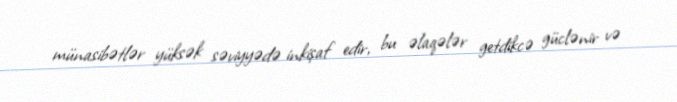
münasibətlər yüksək səviyyədə inkişaf edir, bu əlaqələr getdikcə güclənir və